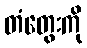
တံတွေးကို